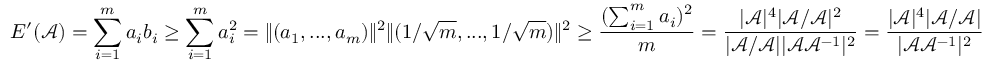
E ^ { \prime } ( \mathcal { A } ) = \sum _ { i = 1 } ^ { m } a _ { i } b _ { i } \geq \sum _ { i = 1 } ^ { m } a _ { i } ^ { 2 } = \| ( a _ { 1 } , . . . , a _ { m } ) \| ^ { 2 } \| ( 1 / \sqrt { m } , . . . , 1 / \sqrt { m } ) \| ^ { 2 } \geq \frac { ( \sum _ { i = 1 } ^ { m } a _ { i } ) ^ { 2 } } { m } = \frac { | \mathcal { A } | ^ { 4 } | \mathcal { A } / \mathcal { A } | ^ { 2 } } { | \mathcal { A } / \mathcal { A } | | \mathcal { A } \mathcal { A } ^ { - 1 } | ^ { 2 } } = \frac { | \mathcal { A } | ^ { 4 } | \mathcal { A } / \mathcal { A } | } { | \mathcal { A } \mathcal { A } ^ { - 1 } | ^ { 2 } }